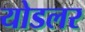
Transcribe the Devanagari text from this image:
योडलर